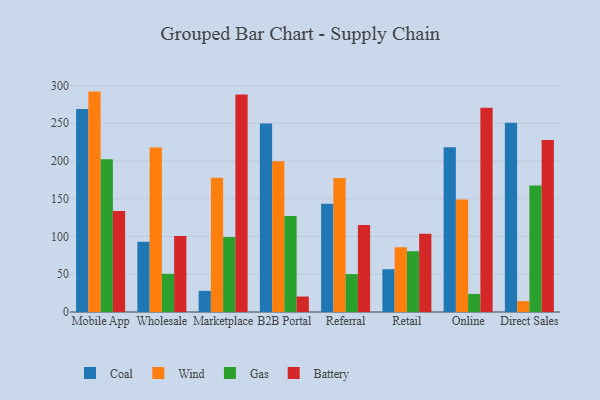
{"axis": {"x": "Channel", "y": "Latency (ms)"}, "legend": ["Battery", "Coal", "Gas", "Wind"], "data": [{"x": "Mobile App", "y": 268.8, "type": "Coal"}, {"x": "Mobile App", "y": 291.9, "type": "Wind"}, {"x": "Mobile App", "y": 202.3, "type": "Gas"}, {"x": "Mobile App", "y": 133.9, "type": "Battery"}, {"x": "Wholesale", "y": 93.2, "type": "Coal"}, {"x": "Wholesale", "y": 217.9, "type": "Wind"}, {"x": "Wholesale", "y": 50.5, "type": "Gas"}, {"x": "Wholesale", "y": 100.7, "type": "Battery"}, {"x": "Marketplace", "y": 28.0, "type": "Coal"}, {"x": "Marketplace", "y": 177.8, "type": "Wind"}, {"x": "Marketplace", "y": 99.3, "type": "Gas"}, {"x": "Marketplace", "y": 288.0, "type": "Battery"}, {"x": "B2B Portal", "y": 249.8, "type": "Coal"}, {"x": "B2B Portal", "y": 199.7, "type": "Wind"}, {"x": "B2B Portal", "y": 127.3, "type": "Gas"}, {"x": "B2B Portal", "y": 20.5, "type": "Battery"}, {"x": "Referral", "y": 143.3, "type": "Coal"}, {"x": "Referral", "y": 177.5, "type": "Wind"}, {"x": "Referral", "y": 50.2, "type": "Gas"}, {"x": "Referral", "y": 115.3, "type": "Battery"}, {"x": "Retail", "y": 56.7, "type": "Coal"}, {"x": "Retail", "y": 85.6, "type": "Wind"}, {"x": "Retail", "y": 80.5, "type": "Gas"}, {"x": "Retail", "y": 103.5, "type": "Battery"}, {"x": "Online", "y": 218.2, "type": "Coal"}, {"x": "Online", "y": 149.0, "type": "Wind"}, {"x": "Online", "y": 23.9, "type": "Gas"}, {"x": "Online", "y": 270.6, "type": "Battery"}, {"x": "Direct Sales", "y": 250.5, "type": "Coal"}, {"x": "Direct Sales", "y": 14.4, "type": "Wind"}, {"x": "Direct Sales", "y": 167.7, "type": "Gas"}, {"x": "Direct Sales", "y": 227.9, "type": "Battery"}]}